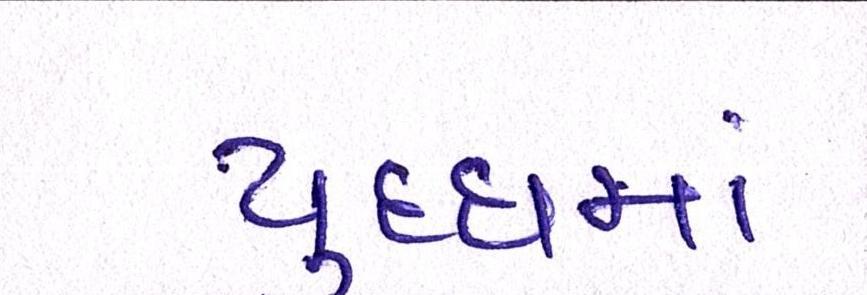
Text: યુધ્ધમાં